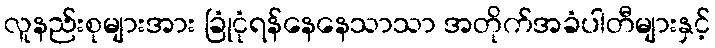
လူနည်းစုများအား ခြုံငုံရန်နေနေသာသာ အတိုက်အခံပါတီများနှင့်